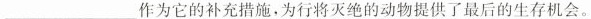
___作为它的补充措施，为行将灭绝的动物提供了最后的生存机会。